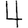
Digit: 4